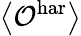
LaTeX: \left\langle\mathcal{O}^{\textrm{har}}\right\rangle